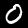
Label: 0